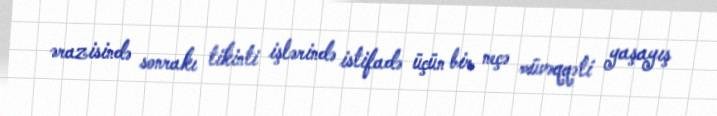
ərazisində sonrakı tikinti işlərində istifadə üçün bir neçə müvəqqəti yaşayış